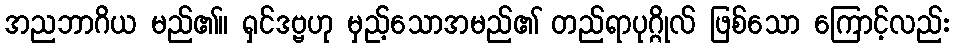
အညဘာဂိယ မည်၏။ ရှင်ဒဗ္ဗဟု မှည့်သောအမည်၏ တည်ရာပုဂ္ဂိုလ် ဖြစ်သော ကြောင့်လည်း